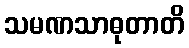
သမဏသာဓုတာတိ